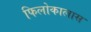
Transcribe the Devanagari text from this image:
फिलोकालास